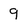
Character: 9